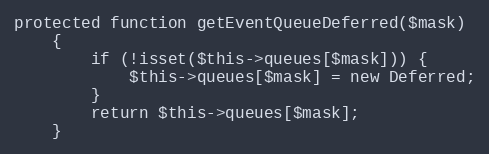
Language: PHP
protected function getEventQueueDeferred($mask)
    {
        if (!isset($this->queues[$mask])) {
            $this->queues[$mask] = new Deferred;
        }
        return $this->queues[$mask];
    }